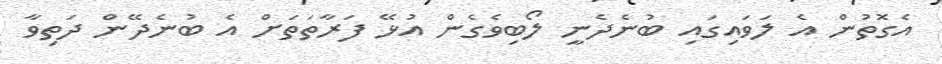
އެގޮތުން އެ ލަވައިގައި ބުނެދެނީ ލޯބިވެގެން އުޅޭ ފަރާތަތަށް އެ ބުނެދޭން ދަތިވާ